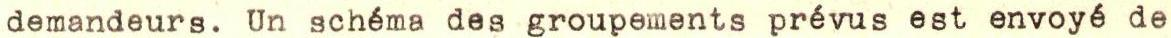
demandeurs. Un schéma des groupements prévus est envoyé de